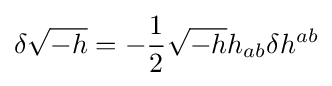
\delta {\sqrt {-h}}=-{\frac {1}{2}}{\sqrt {-h}}h_{ab}\delta h^{ab}